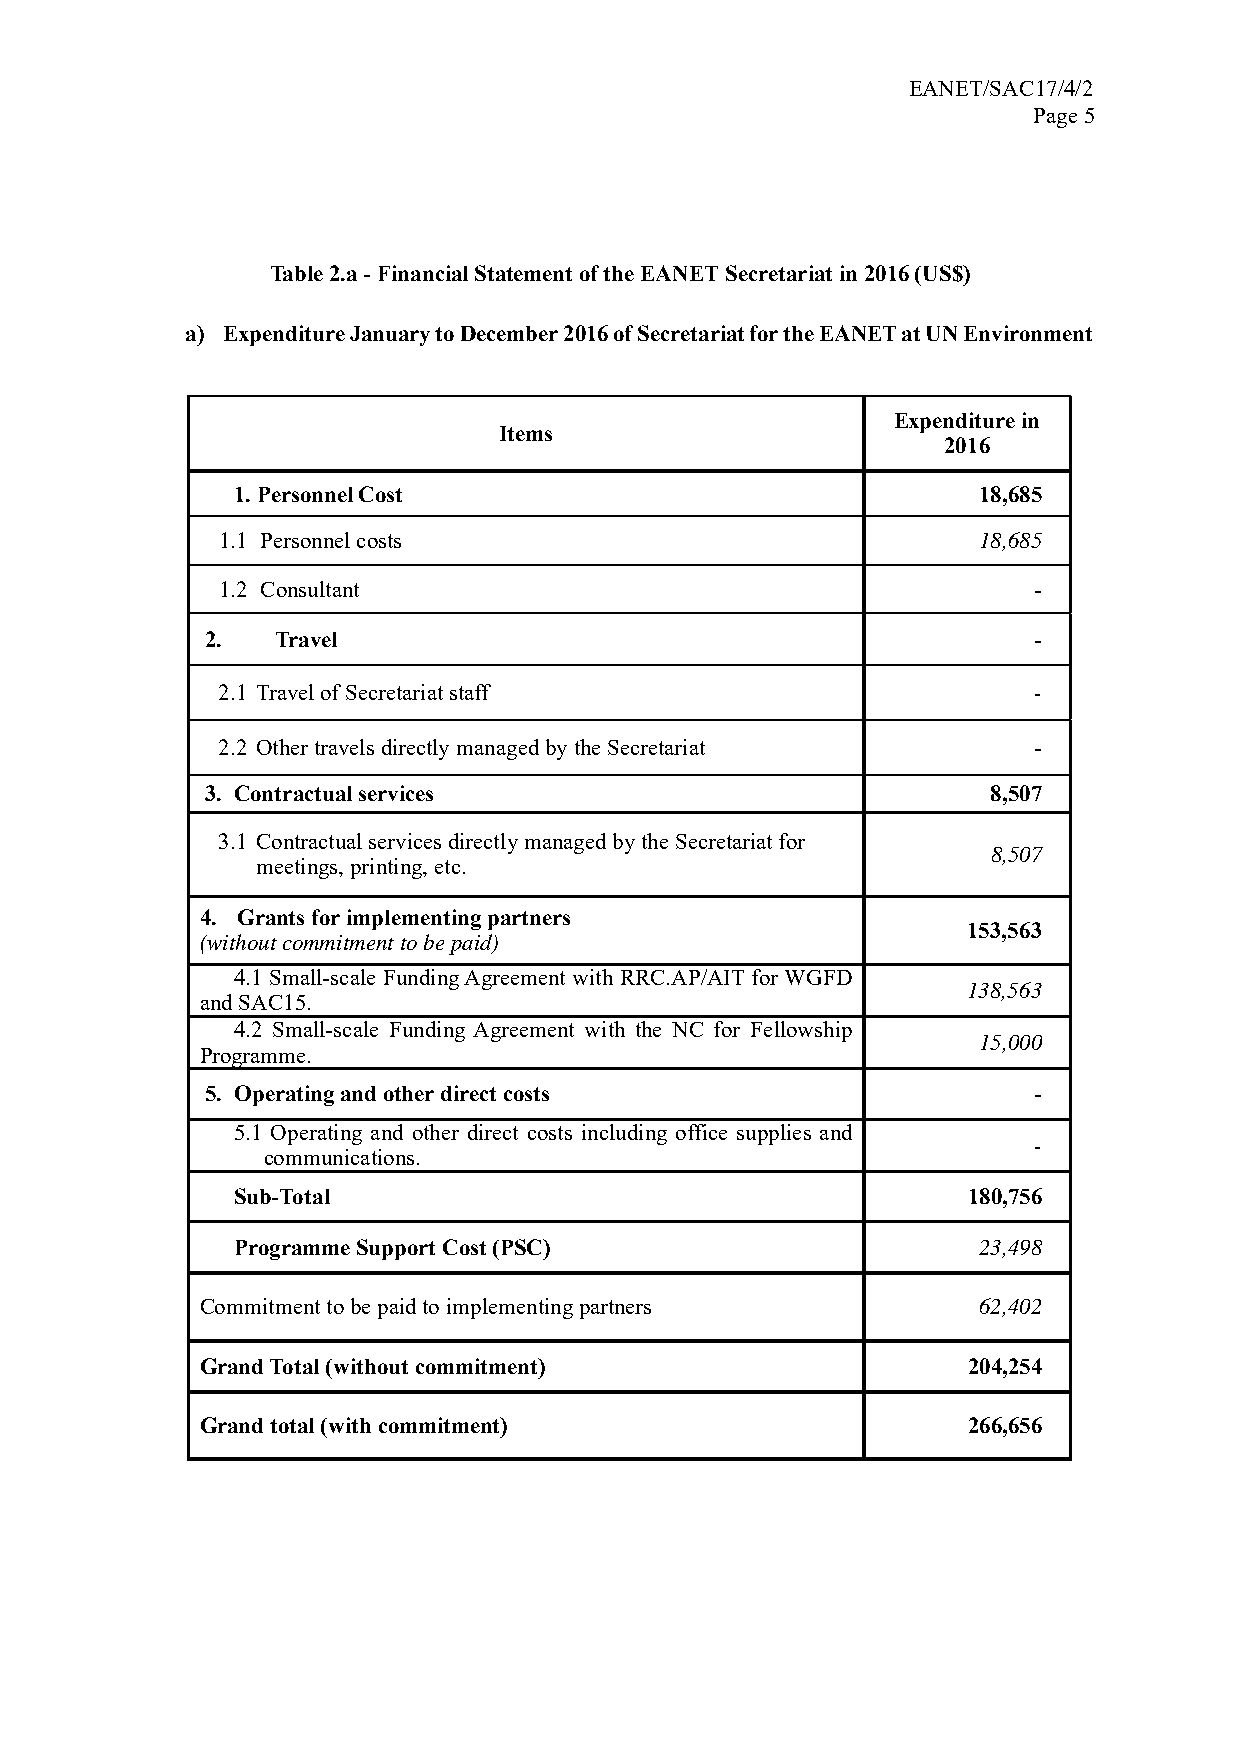
EANET/SAC17/4/2
 Page 5
 Table 2.a - Financial Statement of the EANET Secretariat in 2016 (US$)
 a) Expenditure January to December 2016 of Secretariat for the EANET at UN Environment
 Expenditure in
 Items
 2016
 1. Personnel Cost                                 18,685
 1.1 Personnel costs                                18,685
 1.2 Consultant                                        -
 2.  Travel                                            -
 2.1 Travel of Secretariat staff                       -
 2.2 Other travels directly managed by the Secretariat -
 3. Contractual services                             8,507
 3.1 Contractual services directly managed by the Secretariat for
 8,507
 meetings, printing, etc.
 4. Grants for implementing partners
 153,563
 (without commitment to be paid)
 4.1 Small-scale Funding Agreement with RRC.AP/AIT for WGFD
 138,563
 and SAC15.
 4.2 Small-scale Funding Agreement with the NC for Fellowship
 15,000
 Programme.
 5. Operating and other direct costs                   -
 5.1 Operating and other direct costs including office supplies and
 -
 communications.
 Sub-Total                                        180,756
 Programme Support Cost (PSC)                      23,498
 Commitment to be paid to implementing partners      62,402
 Grand Total (without commitment)                   204,254
 Grand total (with commitment)                      266,656